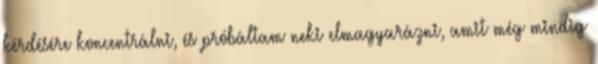
kérdésére koncentrálni, és próbáltam neki elmagyarázni, amit még mindig